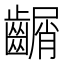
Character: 𪙑